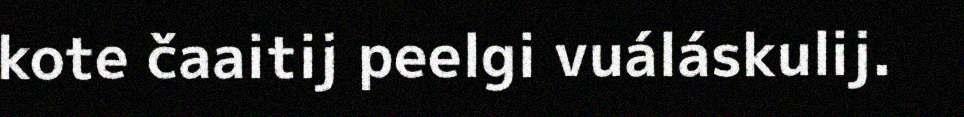
kote čaaitij peelgi vuáláskulij.